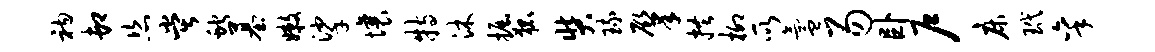
衲卸恣堂蛇墓嫩挲壤特沐掘狐奘琉肇拱柳所氲易卧户床玳秉